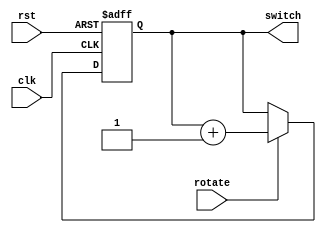

`timescale 1ns / 1ps

module counter_7seg(
input clk, rst, rotate,
output reg [2:0] switch
);

always @(posedge clk, posedge rst)
    if (rst) switch <= 3'b0;
    else if (rotate) switch <= switch + 3'b1;

endmodule